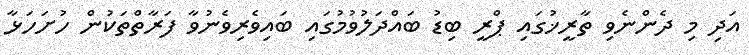
އަދި މި ދެންނެވި ތާރީޚުގައި ޕްރީ ބިޑު ބައްދަލުވުމުގައި ބައިވެރިވެނުވާ ފަރާތްތަކުން ހުށަހަޅާ